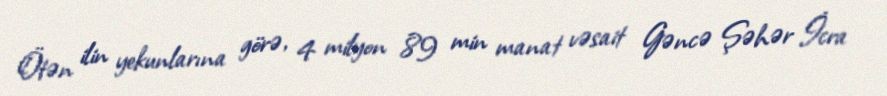
Ötən ilin yekunlarına görə, 4 milyon 89 min manat vəsait Gəncə Şəhər İcra